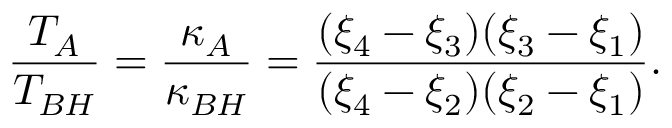
\frac { T _ { A } } { T _ { B H } } = \frac { \kappa _ { A } } { \kappa _ { B H } } = \frac { ( \xi _ { 4 } - \xi _ { 3 } ) ( \xi _ { 3 } - \xi _ { 1 } ) } { ( \xi _ { 4 } - \xi _ { 2 } ) ( \xi _ { 2 } - \xi _ { 1 } ) } .